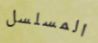
المسلسل